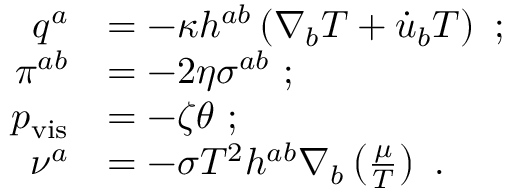
\begin{array} { r l } { q ^ { a } } & { = - \kappa h ^ { a b } \left( \nabla _ { b } T + \dot { u } _ { b } T \right) ~ ; } \\ { \pi ^ { a b } } & { = - 2 \eta \sigma ^ { a b } ~ ; } \\ { p _ { \mathrm { v i s } } } & { = - \zeta \theta ~ ; } \\ { \nu ^ { a } } & { = - \sigma T ^ { 2 } h ^ { a b } \nabla _ { b } \left( \frac { \mu } { T } \right) ~ . } \end{array}